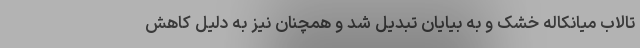
تالاب میانکاله خشک و به بیایان تبدیل شد و همچنان نیز به دلیل کاهش